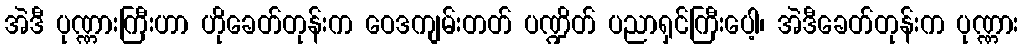
အဲဒီ ပုဏ္ဏားကြီးဟာ ဟိုခေတ်တုန်းက ဝေဒကျမ်းတတ် ပဏ္ဍိတ် ပညာရှင်ကြီးပေါ့၊ အဲဒီခေတ်တုန်းက ပုဏ္ဏား